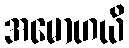
အမောဟယိ